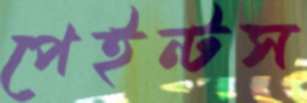
পেইন্টস